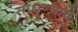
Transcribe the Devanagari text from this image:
सांधण्याचे